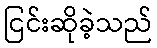
ငြင်းဆိုခဲ့သည်